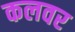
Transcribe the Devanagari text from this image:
कलवर